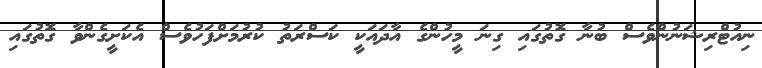
ނިއުޓްރިޝަނުންވެސް ބުނާ ގޮތުގައި ގިނަ މީހުންގެ އާދައަކީ ކަސްރަތު ކުރުމަށްފަހުވެސް އެކަށީގެންވާ ގޮތުގައި